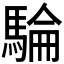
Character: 𩤇